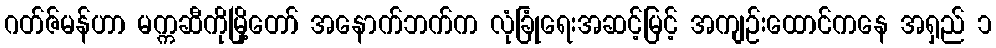
ဂတ်ဇ်မန်ဟာ မက္ကဆီကိုမြို့တော် အနောက်ဘက်က လုံခြုံရေးအဆင့်မြင့် အကျဉ်းထောင်ကနေ အရှည် ၁